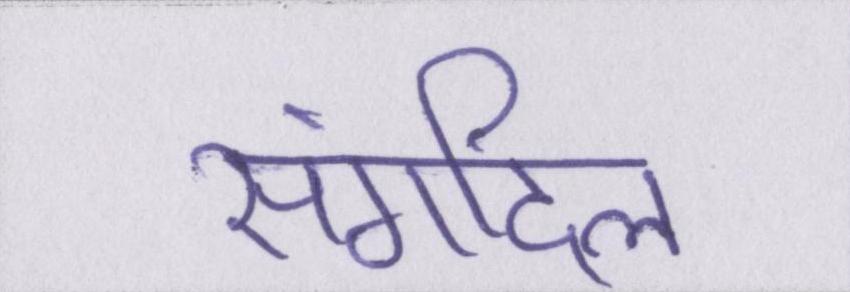
संगदिल